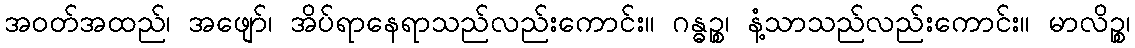
အဝတ်အထည်၊ အဖျော်၊ အိပ်ရာနေရာသည်လည်းကောင်း။ ဂန္ဓဉ္စ၊ နံ့သာသည်လည်းကောင်း။ မာလိဉ္စ၊